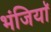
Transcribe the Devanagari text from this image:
भंजियाॅ